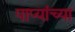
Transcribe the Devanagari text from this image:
पाप्यांच्या